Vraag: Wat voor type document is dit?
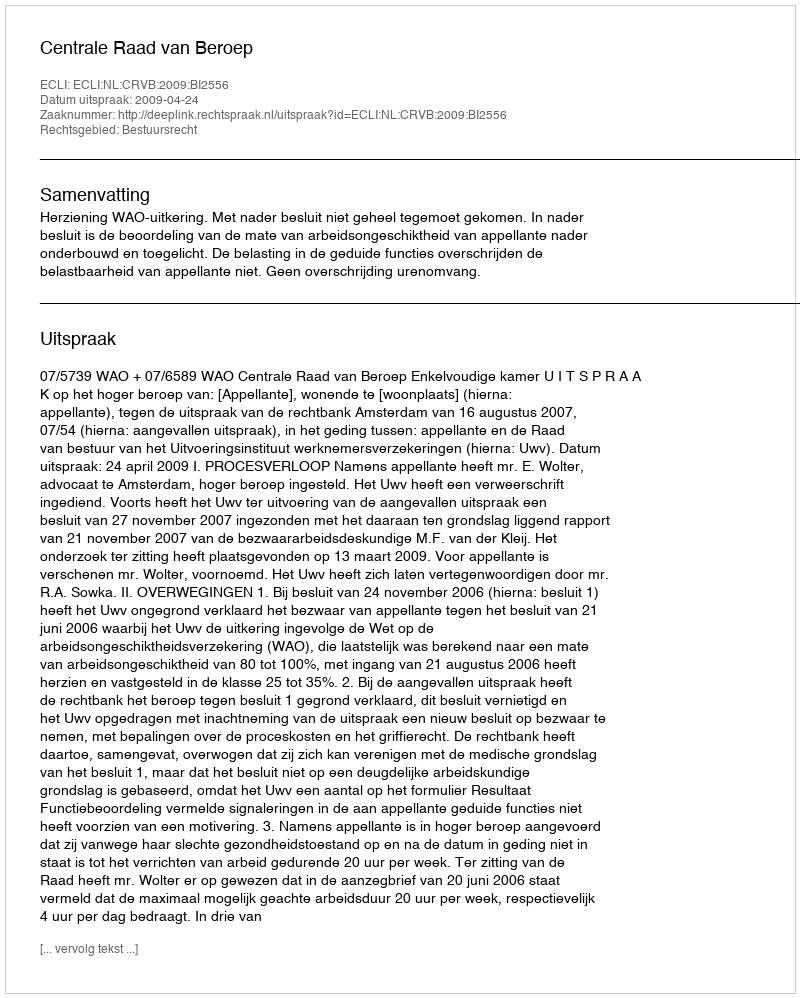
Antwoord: Uitspraak